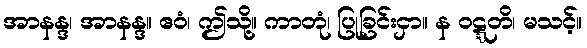
အာနန္ဒ၊ အာနန္ဒ။ ဧဝံ၊ ဤသို့။ ကာတုံ၊ ပြုခြင်းငှာ။ န ဝဋ္ဋတိ၊ မသင့်။